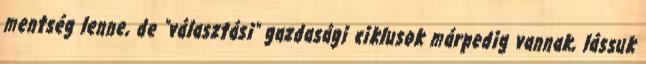
mentség lenne, de "választási" gazdasági ciklusok márpedig vannak, lássuk